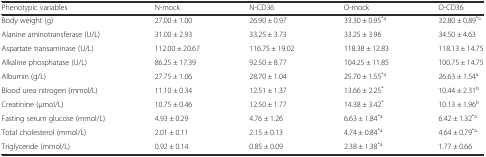
<table><thead><tr><td><b>Phenotypic variables</b></td><td><b>N-mock</b></td><td><b>N-CD36</b></td><td><b>O-mock</b></td><td><b>O-CD36</b></td></tr></thead><tbody><tr><td>Body weight (g)</td><td>27.00 ± 1.00</td><td>26.90 ± 0.97</td><td>33.30 ± 0.95<sup>*a</sup></td><td>32.80 ± 0.89<sup>*a</sup></td></tr><tr><td>Alanine aminotransferase (U/L)</td><td>31.00 ± 2.93</td><td>33.25 ± 3.73</td><td>33.25 ± 3.96</td><td>34.50 ± 4.63</td></tr><tr><td>Aspartate transaminase (U/L)</td><td>112.00 ± 20.67</td><td>116.75 ± 19.02</td><td>118.38 ± 12.83</td><td>118.13 ± 14.75</td></tr><tr><td>Alkaline phosphatase (U/L)</td><td>86.25 ± 17.39</td><td>92.50 ± 8.77</td><td>104.25 ± 11.85</td><td>100.75 ± 14.75</td></tr><tr><td>Albumin (g/L)</td><td>27.75 ± 1.06</td><td>28.70 ± 1.04</td><td>25.70 ± 1.55<sup>*a</sup></td><td>26.63 ± 1.54<sup>a</sup></td></tr><tr><td>Blood urea nitrogen (mmol/L)</td><td>11.10 ± 0.34</td><td>12.51 ± 1.37</td><td>13.66 ± 2.25<sup>*</sup></td><td>10.44 ± 2.31<sup>b</sup></td></tr><tr><td>Creatinine (μmol/L)</td><td>10.75 ± 0.46</td><td>12.50 ± 1.77</td><td>14.38 ± 3.42<sup>*</sup></td><td>10.13 ± 1.96<sup>b</sup></td></tr><tr><td>Fasting serum glucose (mmol/L)</td><td>4.93 ± 0.29</td><td>4.76 ± 1.26</td><td>6.63 ± 1.84<sup>*a</sup></td><td>6.42 ± 1.32<sup>*a</sup></td></tr><tr><td>Total cholesterol (mmol/L)</td><td>2.01 ± 0.11</td><td>2.15 ± 0.13</td><td>4.74 ± 0.84<sup>*a</sup></td><td>4.64 ± 0.79<sup>*a</sup></td></tr><tr><td>Triglyceride (mmol/L)</td><td>0.92 ± 0.14</td><td>0.85 ± 0.09</td><td>2.38 ± 1.38<sup>*a</sup></td><td>1.77 ± 0.66</td></tr></tbody></table>